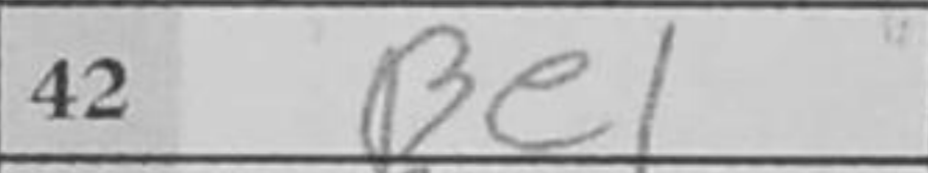
Transcription: Be1